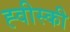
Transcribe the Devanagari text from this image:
ह्वीस्की